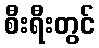
စီးရီးတွင်